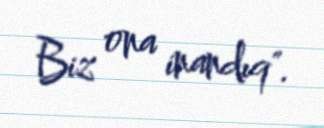
Biz ona inandıq".